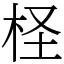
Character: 柽